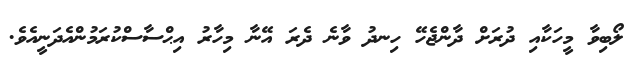
ލޯބިވާ މީހަކާއި ދުރަށް ދާންޖެހޭ ހިނދު ވާނެ ދެރަ އޭނާ މިހާރު އިޙްސާސްކުރަމުންއެދަނީއެވެ.